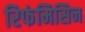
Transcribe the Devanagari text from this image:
रिफंमिसिन